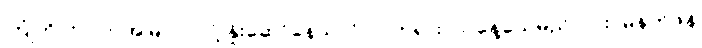
ကြုံတိုင်းလုပ်, အမြဲလုပ်လို့ နှိုးဆော်နေသလိုပါပဲဘုရား၊ ယနေ့သေမည်လား, မနက်ဖန်